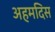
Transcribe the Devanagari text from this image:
अहमदिस